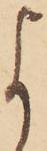
よ